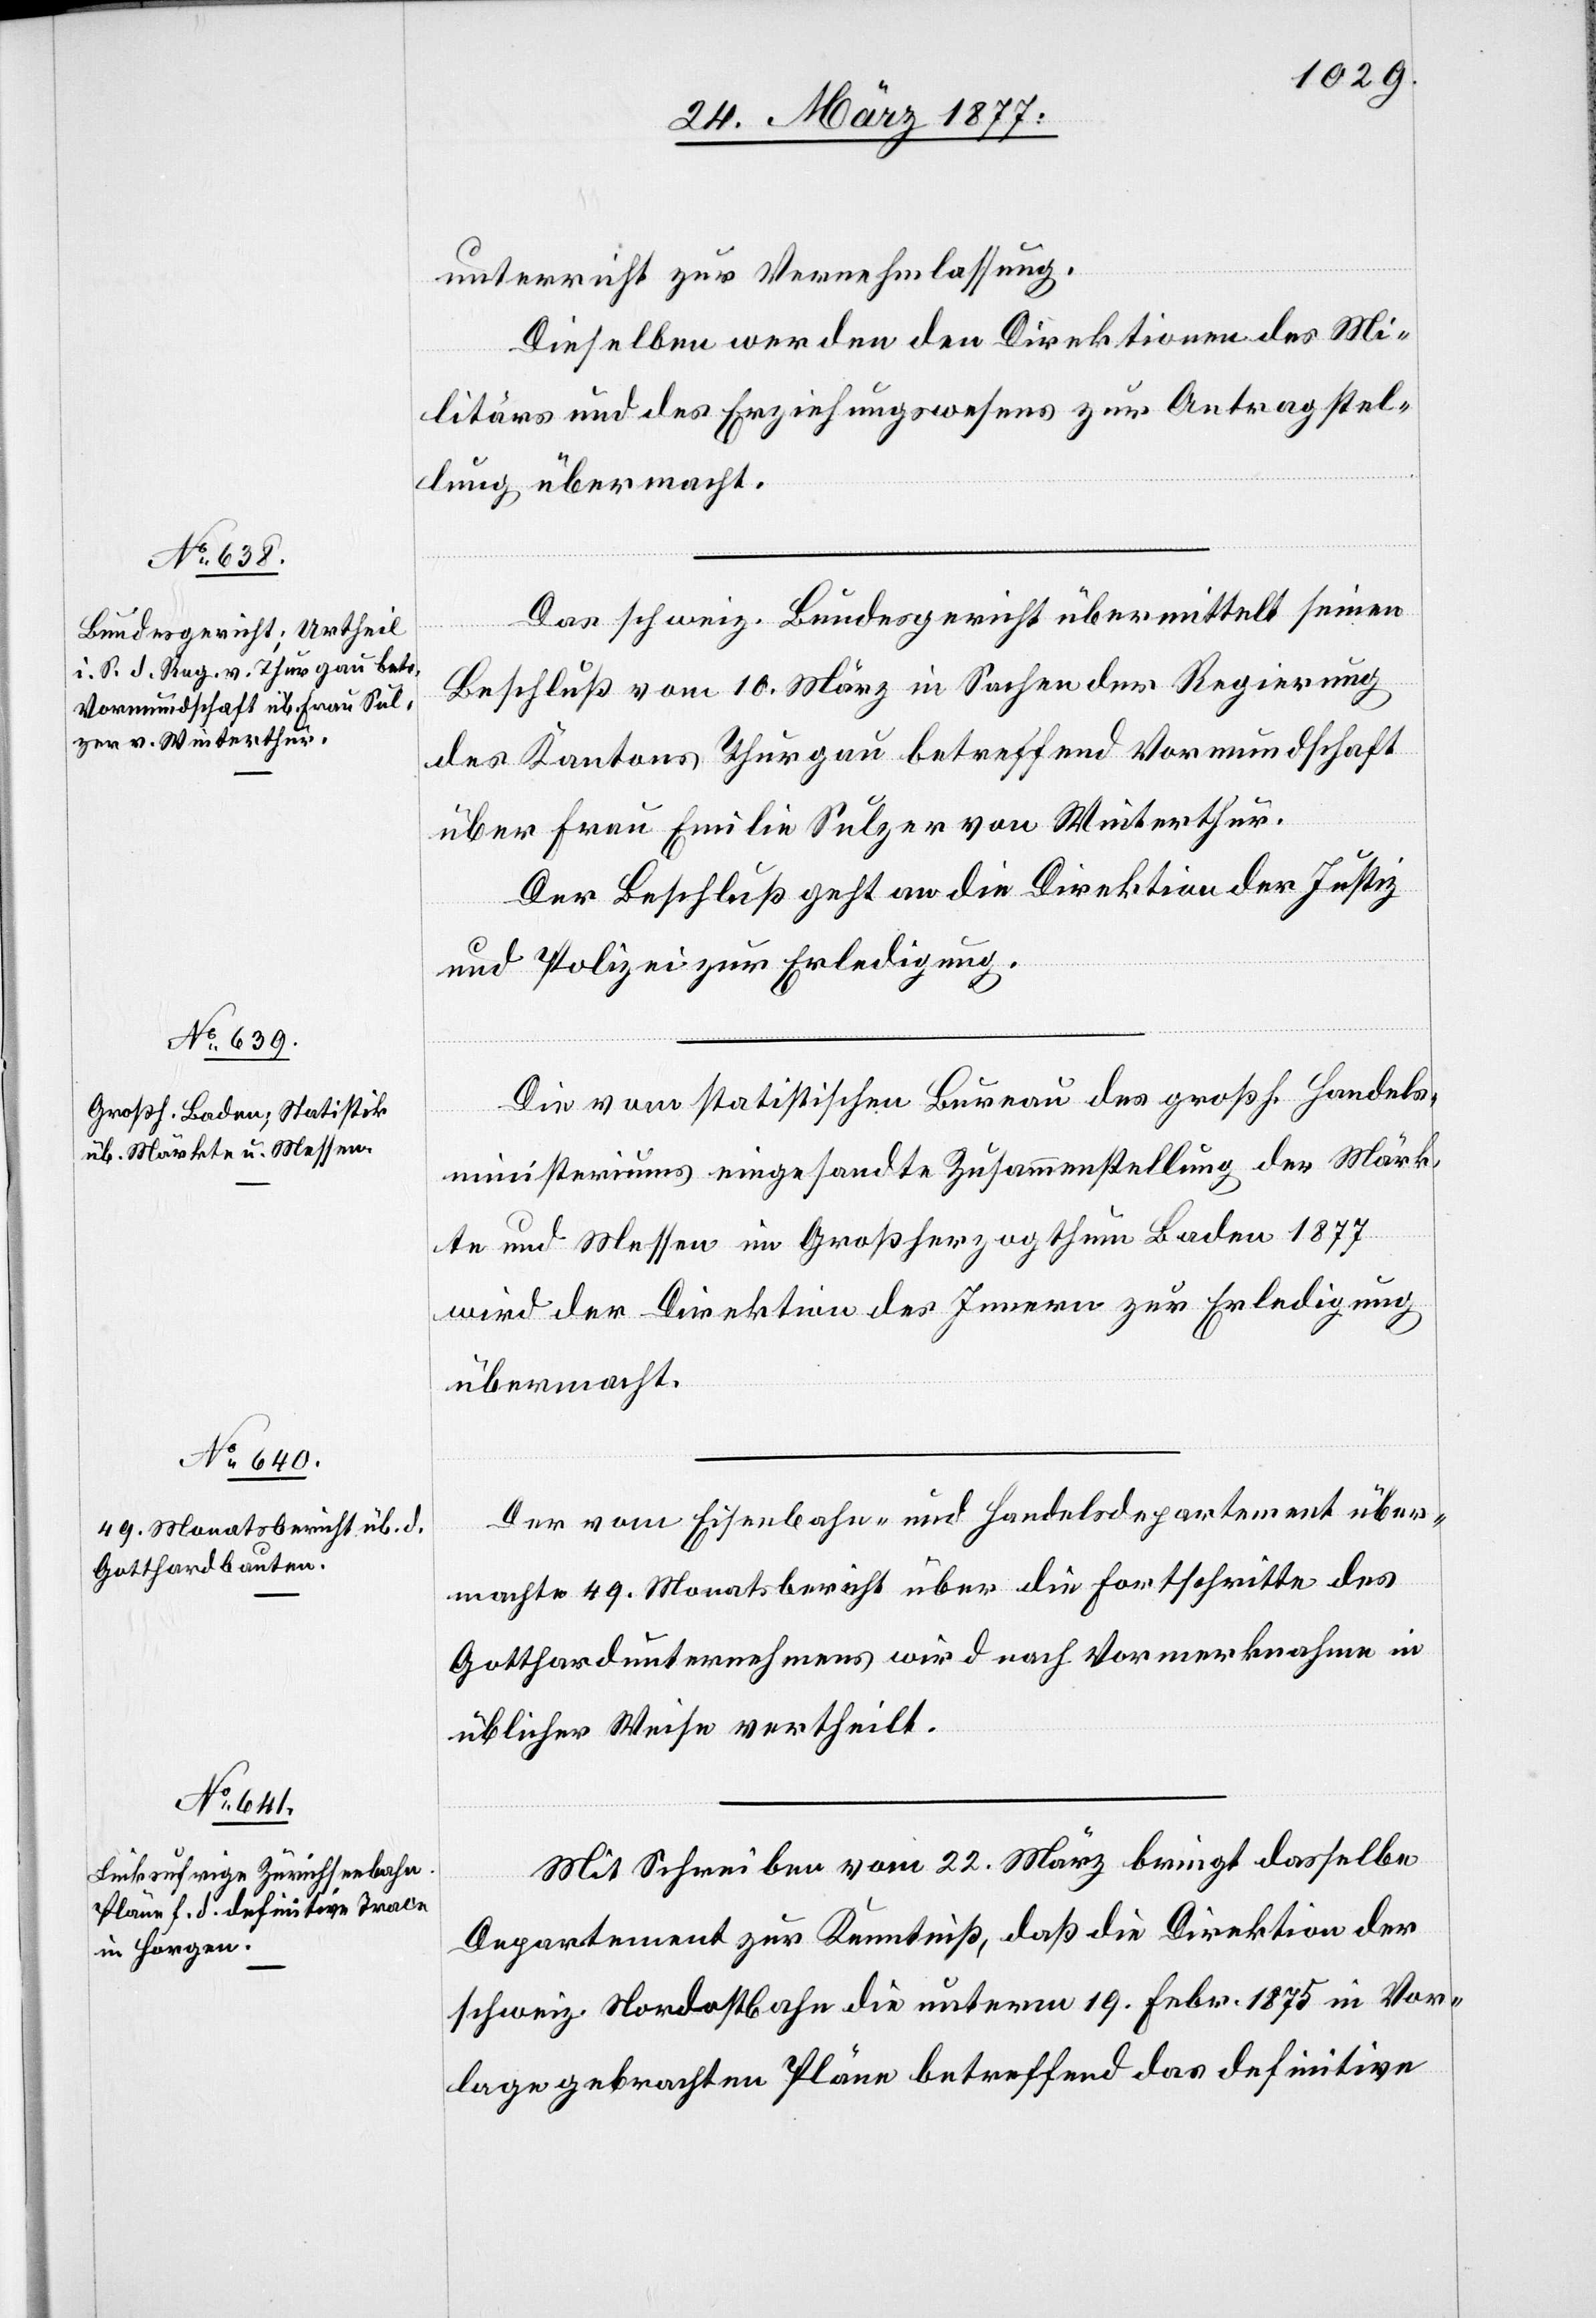
unterricht zur Vernehmlassung.
Dieselben werden den Direktionen des Mi¬
litärs und des Erziehungswesens zur Antragstel¬
lung übermacht.
Das schweiz. Bundesgericht übermittelt seinen
Beschluß vom 10. März in Sachen der Regierung
des Kantons Thurgau betreffend Vormundschaft
über Frau Emilie Sulzer von Winterthur.
Der Beschluß geht an die Direktion der Justiz
und Polizei zur Erledigung.
Die vom statistischen Bureau des großh. Handels¬
ministeriums eingesandte Zusammenstellung der Märk¬
te und Messen im Großherzogthum Baden 1877
wird der Direktion des Innern zur Erledigung
übermacht.
Der vom Eisenbahn- und Handelsdepartement über¬
machte 49. Monatsbericht über die Fortschritte des
Gotthardunternehmens wird nach Vormerknahme in
üblicher Weise vertheilt.
Mit Schreiben vom 22. März bringt dasselbe
Departement zur Kenntniß, daß die Direktion der
schweiz. Nordostban die unterm 19. Febr. 1875 in Vor¬
lage gebrachten Pläne betreffend das definitive